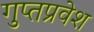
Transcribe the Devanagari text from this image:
गुप्तप्रवेश